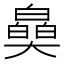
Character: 𤾪